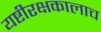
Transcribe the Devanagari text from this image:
यष्टीरक्षकालाच